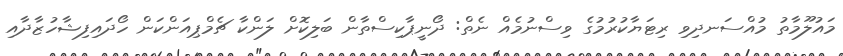
މައުލޫމާތު މުއްސަނދިވި ރިޓަޔާކުރުމުގެ ވިސްނުމެއް ނެތް: ދޯނީޕާކިސްތާން ބަލިކޮށް ލަންކާ ޗެމްޕިއަންކަން ހޯދައިފިޝާހުޒާދާއި